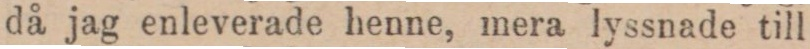
då jag enleverade henne, mera lyssnade till